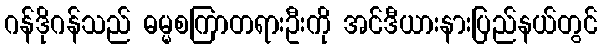
ဂန်ဒိုဂန်သည် ဓမ္မစကြာတရားဦးကို အင်ဒီယားနားပြည်နယ်တွင်